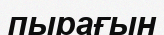
пырағын